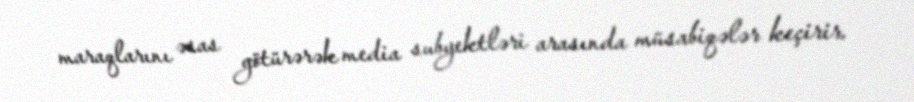
maraqlarını əsas götürərək media subyektləri arasında müsabiqələr keçirir.